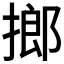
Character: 𢲲